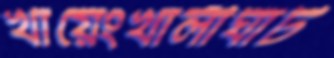
খায়েংখালীঘাট